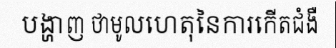
បង្ហាញ ថាមូលហេតុនៃការកើតជំងឺ